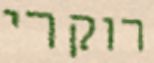
רוקרי